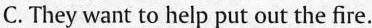
C. They want to help put out the fire.